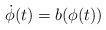
LaTeX: \begin{align*}\dot{\phi}(t)=b(\phi(t))\end{align*}